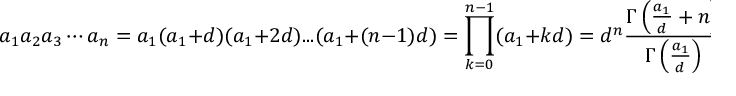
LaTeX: a _ { 1 } a _ { 2 } a _ { 3 } \cdots a _ { n } = a _ { 1 } ( a _ { 1 } + d ) ( a _ { 1 } + 2 d ) . . . ( a _ { 1 } + ( n - 1 ) d ) = \prod _ { k = 0 } ^ { n - 1 } ( a _ { 1 } + k d ) = d ^ { n } { \frac { \Gamma \left( { \frac { a _ { 1 } } { d } } + n \right) } { \Gamma \left( { \frac { a _ { 1 } } { d } } \right) } }